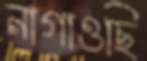
নাগাওছি